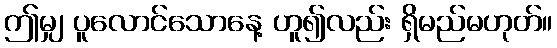
ဤမျှ ပူလောင်သောနေ့ ဟူ၍လည်း ရှိမည်မဟုတ်။